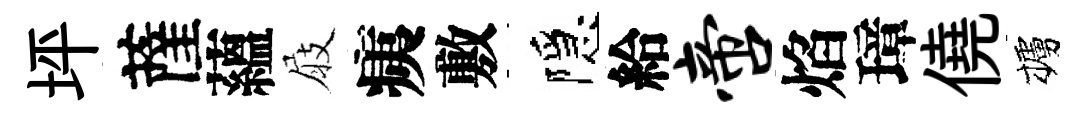
坪薩蘊屐痍敷隱給啻焰璋僥櫨